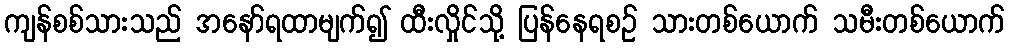
ကျန်စစ်သားသည် အနော်ရထာမျက်၍ ထီးလှိုင်သို့ ပြန်နေရစဉ် သားတစ်ယောက် သမီးတစ်ယောက်